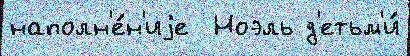
наполн'е́н'иjе  Ноэль д'етьм'и́